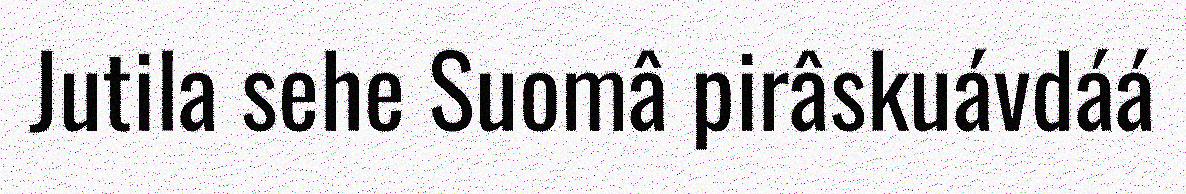
Jutila sehe Suomâ pirâskuávdáá